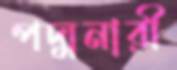
পদ্মনারী